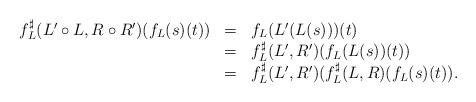
LaTeX: \begin{align*}\begin{array}{lll}f^\sharp_L(L'\circ L,R\circ R')(f_L(s)(t))&=&f_L(L'(L(s)))(t)\\&=&f^\sharp_L(L',R')(f_L(L(s))(t))\\&=&f^\sharp_L(L',R')(f^\sharp_L(L,R)(f_L(s)(t)).\end{array}\end{align*}